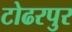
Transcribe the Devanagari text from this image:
टोढरपुर